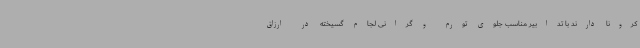
کرونا دارند با تدابیر مناسب جلوی تورم و گرانی لجام گسیخته در ارزاق